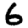
Digit: 6